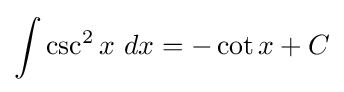
\int \csc ^{2}{x}\ dx=-\cot {x}+C